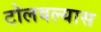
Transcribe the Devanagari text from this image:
टोलवल्यास